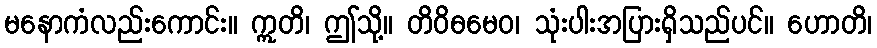
မနောကံလည်းကောင်း။ ဣတိ၊ ဤသို့။ တိဝိဓမေဝ၊ သုံးပါးအပြားရှိသည်ပင်။ ဟောတိ၊